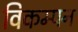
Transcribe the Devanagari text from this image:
विकम्पन